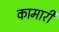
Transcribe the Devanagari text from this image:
कामारी